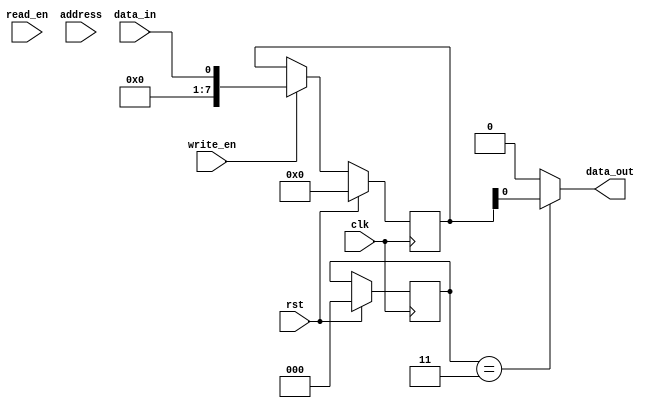
module SDRAM_Controller (
    input wire clk, // Clock input
    input wire rst, // Reset input
    input wire read_en, // Read enable signal
    input wire write_en, // Write enable signal
    input wire address, // Address input
    input wire data_in, // Data input
    output reg data_out // Data output
);

// Define state machine states
parameter IDLE = 0; // Idle state
parameter PRECHARGE = 1; // Precharge state
parameter ACTIVATE = 2; // Activate state
parameter READ = 3; // Read state
parameter WRITE = 4; // Write state

// Define state machine signals
reg [2:0] state; // State machine state
reg [2:0] next_state; // Next state calculation
reg [7:0] data_reg; // Data register

// Data register for buffering read/write data
always @ (posedge clk) begin
    if (rst) begin
        data_reg <= 8'h00; // Reset data register
    end else begin
        if (write_en) begin
            data_reg <= data_in; // Buffer data for write operation
        end
    end
end

// State machine logic
always @ (posedge clk) begin
    if (rst) begin
        state <= IDLE; // Reset state machine
    end else begin
        case (state)
            IDLE: begin
                if (read_en) begin
                    next_state <= READ; // Transition to read state
                end else if (write_en) begin
                    next_state <= WRITE; // Transition to write state
                end
            end
            PRECHARGE: begin
                // Precharge state logic
            end
            ACTIVATE: begin
                // Activate state logic
            end
            READ: begin
                // Read state logic
            end
            WRITE: begin
                // Write state logic
            end
        endcase
    end
end

// Output data based on current state
always @* begin
    case (state)
        READ: begin
            data_out = data_reg; // Output data from data register during read operation
        end
        default: begin
            data_out = 8'h00; // Default data output
        end
    endcase
end

    endmodule